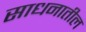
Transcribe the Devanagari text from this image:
साधनातील